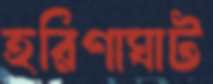
হরিণাঘাট